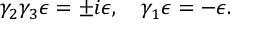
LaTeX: \gamma _ { 2 } \gamma _ { 3 } \epsilon = \pm i \epsilon , \ \ \ \gamma _ { 1 } \epsilon = - \epsilon .